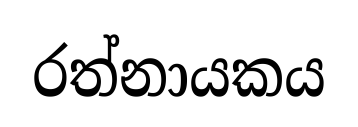
රත්නායකය